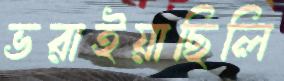
ভরাইয়াছিলি